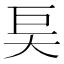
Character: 𰋝